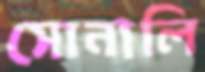
সোনালি